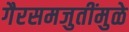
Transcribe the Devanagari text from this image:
गैरसमजुतींमुळे